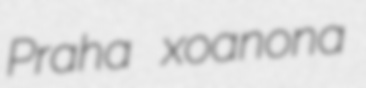
Praha xoanona